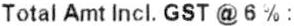
TOTAL AMT INCL. GST @ 6 % :